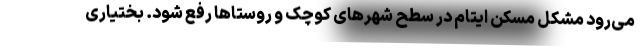
می‌رود مشکل مسکن ایتام در سطح شهرهای کوچک و روستاها رفع شود. بختیاری